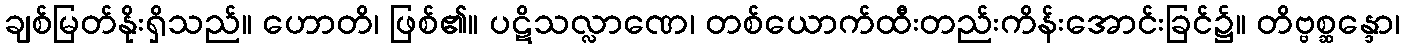
ချစ်မြတ်နိုးရှိသည်။ ဟောတိ၊ ဖြစ်၏။ ပဋိသလ္လာဏေ၊ တစ်ယောက်ထီးတည်းကိန်းအောင်းခြင်၌။ တိဗ္ဗစ္ဆန္ဒော၊